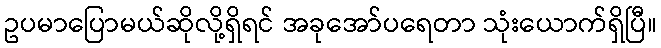
ဥပမာပြောမယ်ဆိုလို့ရှိရင် အခုအော်ပရေတာ သုံးယောက်ရှိပြီ။